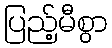
ပြည့်မီစွာ